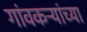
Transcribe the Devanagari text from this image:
गांवकऱ्यांच्या